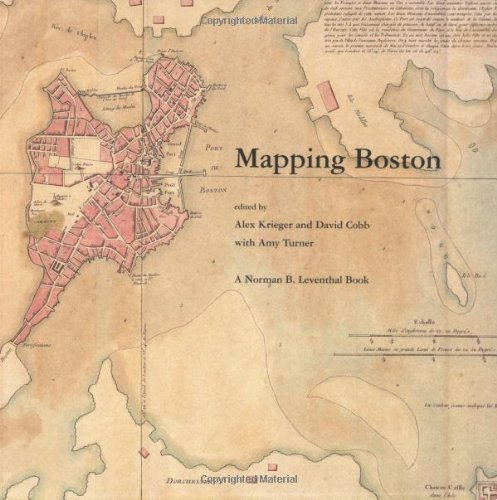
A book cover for Mapping Boston; Science & Math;